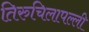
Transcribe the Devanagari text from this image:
तिरुचिलापल्ली